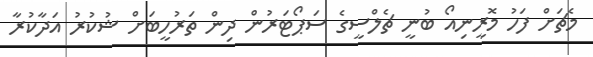
މެޗަށް ފަހު މޮރީނިއޯ ބުނީ ޗެލްސީގެ ސަޕޯޓަރުން ދިން ތަރުހީބަށް ޝުކުރު އަދާކުރާ